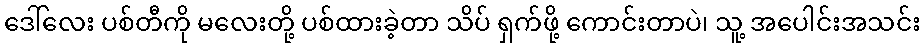
ဒေါ်လေး ပစ်တီကို မလေးတို့ ပစ်ထားခဲ့တာ သိပ် ရှက်ဖို့ ကောင်းတာပဲ၊ သူ့ အပေါင်းအသင်း